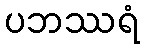
ပဘဿရံ